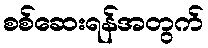
စစ်ဆေးရန်အတွက်